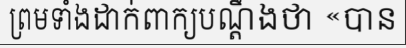
ព្រមទាំងដាក់ពាក្យបណ្តឹងថា «បាន